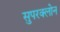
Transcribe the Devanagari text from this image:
सुपरक्लोन